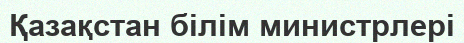
Қазақстан білім министрлері